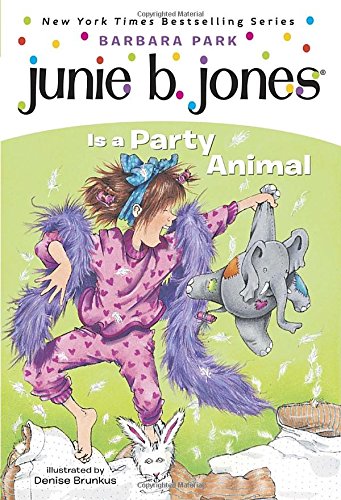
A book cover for Junie B. Jones Is a Party Animal (Junie B. Jones, No. 10); Barbara Park; Children's Books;